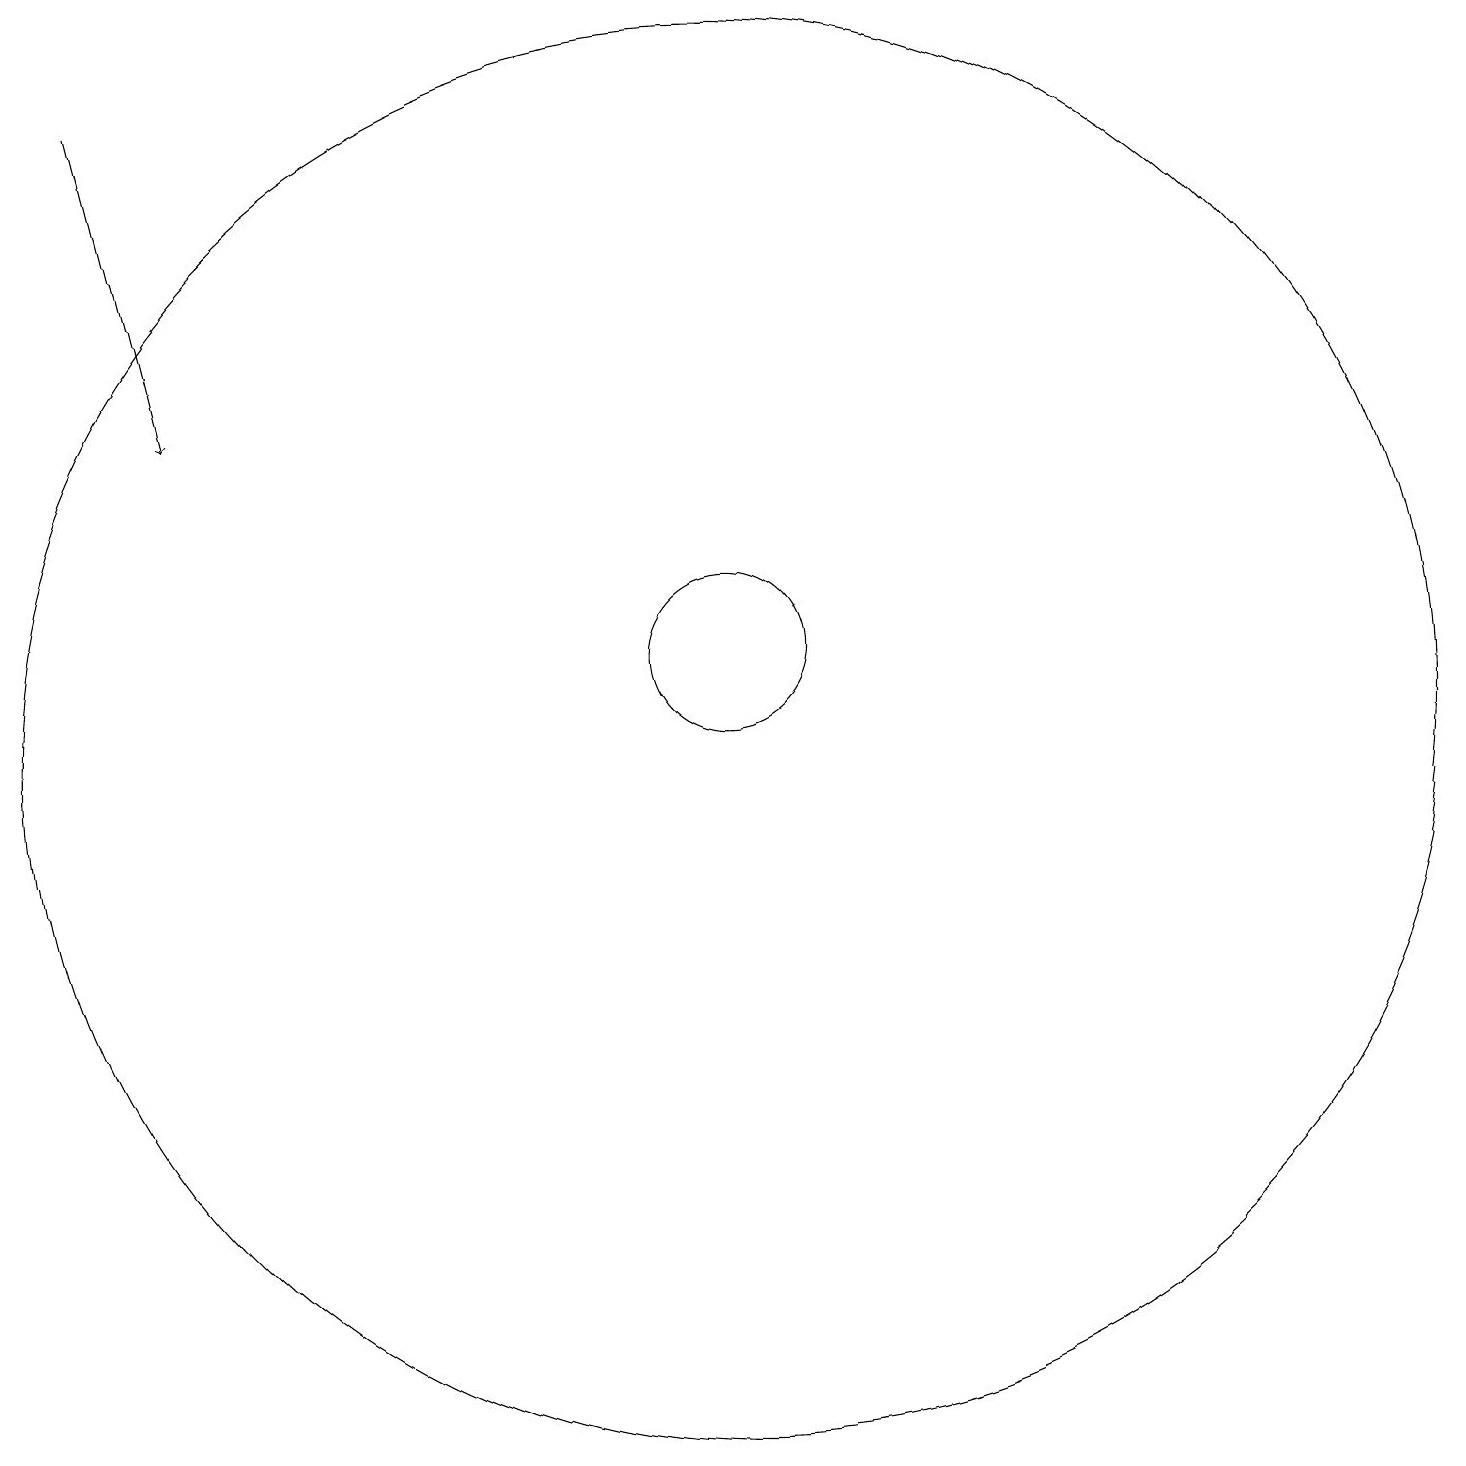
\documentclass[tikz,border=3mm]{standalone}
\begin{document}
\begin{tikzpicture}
\draw[->] (2,19) -- (3,15);
\draw (10,11) circle (9);
\draw (10,12) circle (1);
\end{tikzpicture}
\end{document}